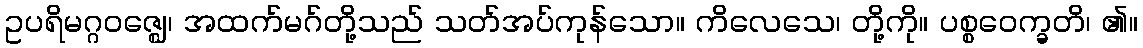
ဥပရိမဂ္ဂဝဇ္ဈေ၊ အထက်မဂ်တို့သည် သတ်အပ်ကုန်သော။ ကိလေသေ၊ တို့ကို။ ပစ္စဝေက္ခတိ၊ ၏။